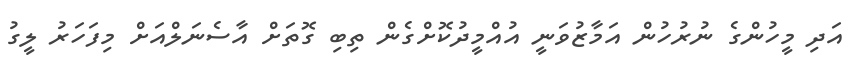
އަދި މީހުންގެ ނުރުހުން އަމާޒުވަނީ އުއްމީދުކޮށްގެން ތިބި ގޮތަށް އާސެނަލްއަށް މިފަހަރު ލީގު